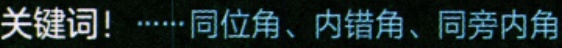
关键词！······同位角、内错角、同旁内角